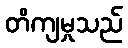
တိကျမှုသည်